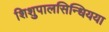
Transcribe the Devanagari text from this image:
शिशुपालसिन्धियया